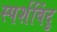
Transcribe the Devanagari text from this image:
स्पर्शबिंदु